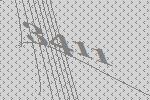
3411